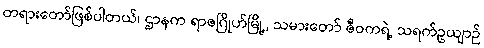
တရားတော်ဖြစ်ပါတယ်၊ ဌာနက ရာဇဂြိုဟ်မြို့, သမားတော် ဇီဝကရဲ့ သရက်ဥယျာဉ်